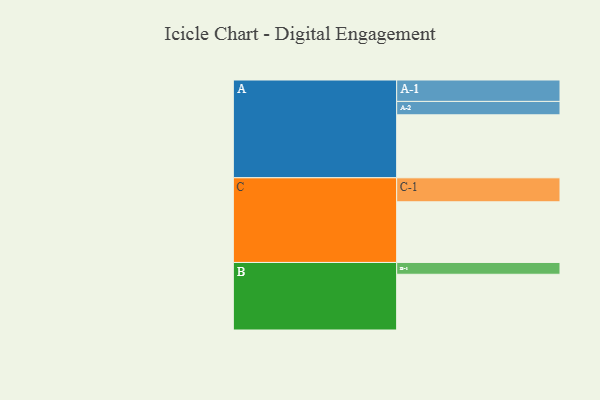
{"axis": {"x": "Segment", "y": "Value"}, "legend": ["", "A", "B", "C"], "data": [{"x": "A", "y": 512, "type": ""}, {"x": "B", "y": 453, "type": ""}, {"x": "C", "y": 493, "type": ""}, {"x": "A-1", "y": 174, "type": "A"}, {"x": "A-2", "y": 109, "type": "A"}, {"x": "B-1", "y": 96, "type": "B"}, {"x": "C-1", "y": 195, "type": "C"}]}